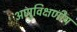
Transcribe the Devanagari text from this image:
अणुविक्षणीय